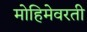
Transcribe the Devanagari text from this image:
मोहिमेवरती